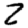
Digit: 2